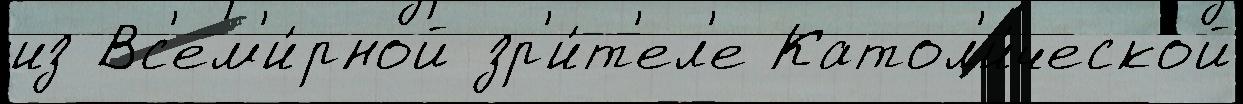
из Вс'ем'и́рной зр'и́т'ел'е Катол'и́ческой